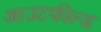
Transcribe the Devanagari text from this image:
आउटफील्‍ड